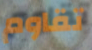
تقاوم